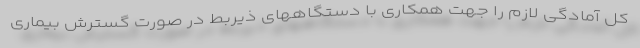
کل آمادگی لازم را جهت همکاری با دستگاههای ذیربط در صورت گسترش بیماری